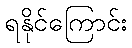
ရနိုင်ကြောင်း